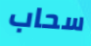
سحاب